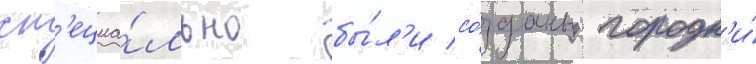
сп'ециа́льно бы́л'и со́зданы городк'и́